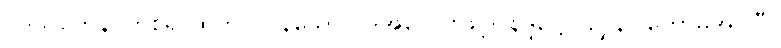
ပဒသတေန၊ တစ်ရာထက်ပိုလွန်သော ပုဒ်အပေါင်းဖြင့်။ နိဒ္ဒိဋ္ဌော၊ ညွှန်ပြတော်မူအပ်ပြီ။